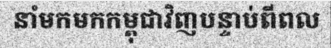
នាំមកមកកម្ពុជាវិញបន្ទាប់ពីពល